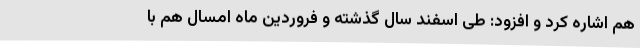
هم اشاره کرد و افزود: طی اسفند سال گذشته و فروردین ماه امسال هم با